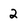
Character: 2